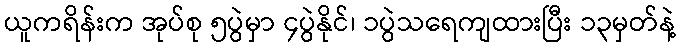
ယူကရိန်းက အုပ်စု ၅ပွဲမှာ ၄ပွဲနိုင်၊ ၁ပွဲသရေကျထားပြီး ၁၃မှတ်နဲ့